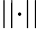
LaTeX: \left\vert\left\vert\cdot\right\vert\right\vert